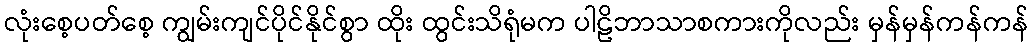
လုံးစေ့ပတ်စေ့ ကျွမ်းကျင်ပိုင်နိုင်စွာ ထိုး ထွင်းသိရုံမက ပါဠိဘာသာစကားကိုလည်း မှန်မှန်ကန်ကန်